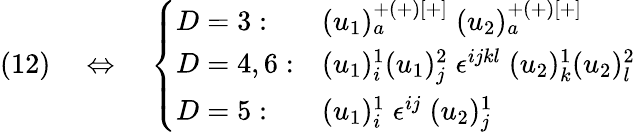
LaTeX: (12)\quad\Leftrightarrow\quad\left\{ \begin{array}{ll}{{D=3:}}&{{(u_{1})_{a}^{+(+)[+]}\; (u_{2})_{a}^{+(+)[+]}}}\\ {{D=4,6:}}&{{(u_{1})_{i}^{1}(u_{1})_{j}^{2}\; \epsilon^{ijkl}\; (u_{2})_{k}^{1}(u_{2})_{l}^{2}}}\\ {{D=5:}}&{{(u_{1})_{i}^{1}\; \epsilon^{ij}\; (u_{2})_{j}^{1}}}\end{array}\right.